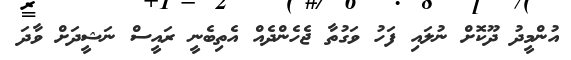
އުންމީދު ދޫކޮށް ނުލައި ފަހު ވަގުތާ ޖެހެންދެއް އެތިބެނީ ރައީސް ނަޝީދަށް ވާދަ